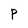
Character: P